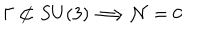
LaTeX: \Gamma \not \subset S U ( 3 ) \Longrightarrow { \cal N } = 0